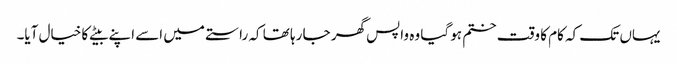
یہاں تک کہ کام کا وقت ختم ہو گیا وہ واپس گھر جا رہا تھا کہ راستے میں اسے اپنے بیٹے کا خیال آیا۔